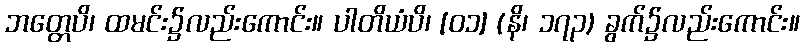
ဘတ္တေပိ၊ ထမင်း၌လည်းကောင်း။ ပါတိယံပိ၊ [၀၁] (နိ၊ ၁၇၃) ခွက်၌လည်းကောင်း။